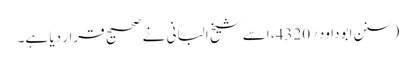
(سنن ابوداود؍4320، اسے شیخ البانی نے صحیح قرار دیا ہے۔